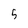
Character: 5